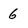
Character: 6